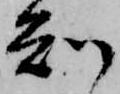
知